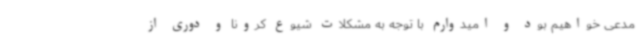
مدعی خواهیم بود و امیدوارم با توجه به مشکلات شیوع کرونا و دوری از